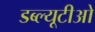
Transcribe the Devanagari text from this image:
डब्‍ल्‍यूटीओ